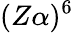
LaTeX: (Z\alpha)^{6}